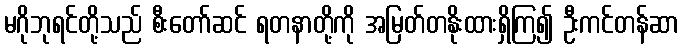
မဂိုဘုရင်တို့သည် စီးတော်ဆင် ရတနာတို့ကို အမြတ်တနိုးထားရှိကြ၍ ဦးကင်တန်ဆာ